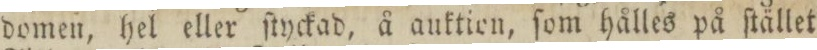
domen, hel eller ſtyckad, å auktien, ſom hålles på ſtället